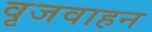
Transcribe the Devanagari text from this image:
वृजवाहन